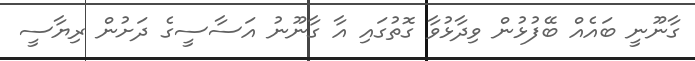
ގާނޫނީ ބައެއް ބޭފުޅުން ވިދާޅުވާ ގޮތުގައި އާ ގާނޫނު އަސާސީގެ ދަށުން ރިޔާސީ